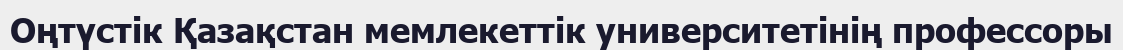
Оңтүстік Қазақстан мемлекеттік университетінің профессоры